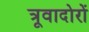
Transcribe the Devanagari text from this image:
त्रूवादोरों